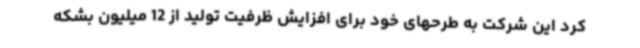
کرد این شرکت به طرحهای خود برای افزایش ظرفیت تولید از 12 میلیون بشکه